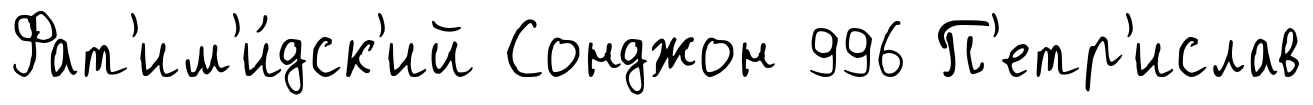
Фат'им'и́дск'ий Сонджон 996 П'етр'ислав